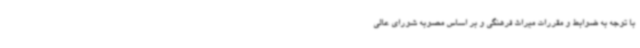
با توجه به ضوابط و مقررات میراث فرهنگی و بر اساس مصوبه شورای عالی